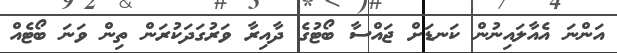
އަންނަ އެއާލައިނުން ކަނޑަށް ޖައްސާ ބޯޓުގެ ދާއިރާ ވަރުގަދަކުރަން ތިން ވަނަ ބޯޓެއް